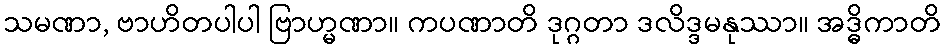
သမဏာ, ဗာဟိတပါပါ ဗြာဟ္မဏာ။ ကပဏာတိ ဒုဂ္ဂတာ ဒလိဒ္ဒမနုဿာ။ အဒ္ဓိကာတိ